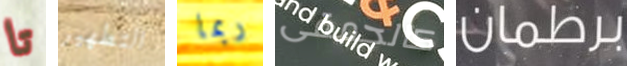
تا التطهير ربما كالحمقى برطمان